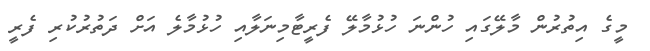
މީގެ އިތުރުން މާލޭގައި ހުންނަ ހުޅުމާލޭ ފެރީޓާމިނަލާއި ހުޅުމާލެ އަށް ދަތުރުކުރި ފެރީ